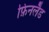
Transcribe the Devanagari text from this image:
फ़िनलैड